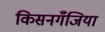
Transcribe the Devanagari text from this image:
किसनगॅँजिया